Annual report on the lock hospitals of the Madras Presidency
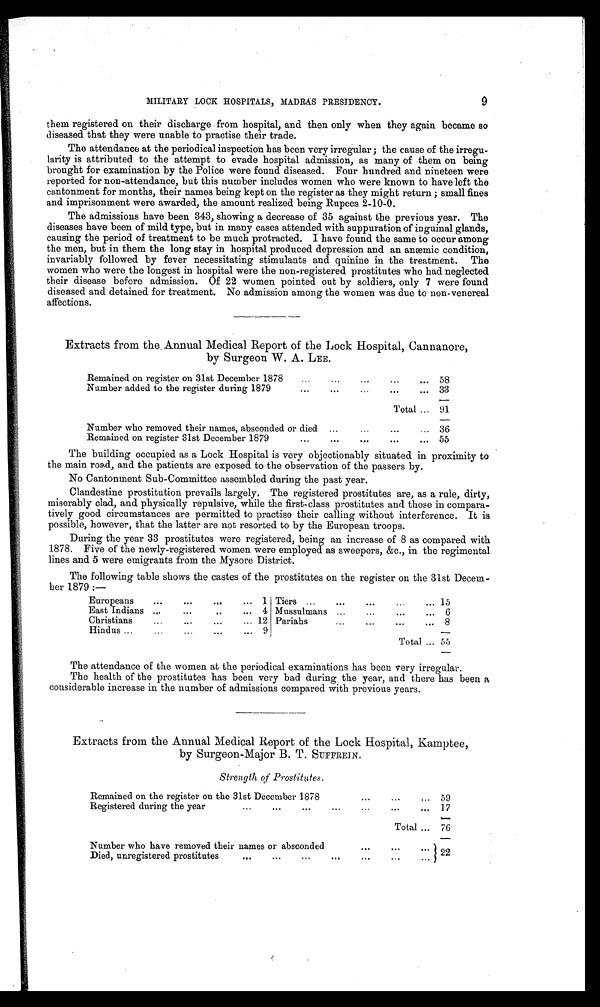
MILITARY LOCK HOSPITALS, MADRAS PRESIDENCY.
9
them registered on their discharge from hospital, and then only when they again became so
diseased that they were unable to practise their trade.
The attendance at the periodical inspection has been very irregular; the cause of the irregu-
larity is attributed to the attempt to evade hospital admission, as many of them on being
brought for examination by the Police were found diseased. Four hundred and nineteen were
reported for non-attendance, but this number includes women who were known to have left the
cantonment for months, their names being kept on the register as they might return; small fines
and imprisonment were awarded, the amount realized being Rupees 2-10-0.
The admissions have been 343, showing a decrease of 35 against the previous year. The
diseases have been of mild type, but in many cases attended with suppuration of inguinal glands,
causing the period of treatment to be much protracted. I have found the same to occur among
the men, but in them the long stay in hospital produced depression and an anæmic condition,
invariably followed by fever necessitating stimulants and quinine in the treatment. The
women who were the longest in hospital were the non-registered prostitutes who had neglected
their disease before admission. Of 22 women pointed out by soldiers, only 7 were found
diseased and detained for treatment. No admission among the women was due to non-venereal
affections.
Extracts from the. Annual Medical Report of the Lock Hospital, Cannanore,
by Surgeon W. A. LEE.
Remained on register on 31st December 1878
...
...
...
... 58
Number added to the register during 1879
...
... ... ...
33
Total ... 91
Number who removed their names, absconded or died ...
...
...
... 36
Remained on register 31st December 1879
...
...
...
...
... 55
The building occupied as a Lock Hospital is very objectionably situated in proximity to
the main road, and the patients are exposed to the observation of the passers by.
No Cantonment Sub-Committee assembled during the past year.
Clandestine prostitution prevails largely. The registered prostitutes are, as a rule, dirty,
miserably clad, and physically repulsive, while the first-class prostitutes and those in compara-
tively good circumstances are permitted to practise their calling without interference. It is
possible, however, that the latter are not resorted to by the European troops.
During the year 33 prostitutes were registered, being an increase of 8 as compared with
1878. Five of the newly-registered women were employed as sweepers, &amp;c., in the regimental
lines and 5 were emigrants from the Mysore District.
The following table shows the castes of the prostitutes on the register on the 31st Decem-
ber 1879 :—
Europeans ...
...
...
... 1 Tiers ... ... ...
...
...
15
East Indians ...
...
..
... 4 Mussulmans
... ...
...
... 6
Christians
...
...
... 12 Pariahs
...
...
...
... 8
Hindus ...
...
...
..
... 9
Total ... 55
The attendance of the women at the periodical examinations has been very irregular.
The health of the prostitutes has been very bad during the year, and there has been a
considerable increase in the number of admissions compared with previous years.
Extracts from the Annual Medical Report of the Lock Hospital, Kamptee,
by Surgeon-Major B. T. SUFFREIN.
Strength of Prostitutes.
Remained on the register on the 31st December 1878
... ... ...
... 59
Registered during the year...
... ... ... ... ... ...
1 7
Total ... 76
Number who have removed their names or absconded
... ... ... ...
22
Died, unregistered prostitutes
...
...
...
... ... ...